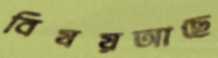
বিষয়আছে